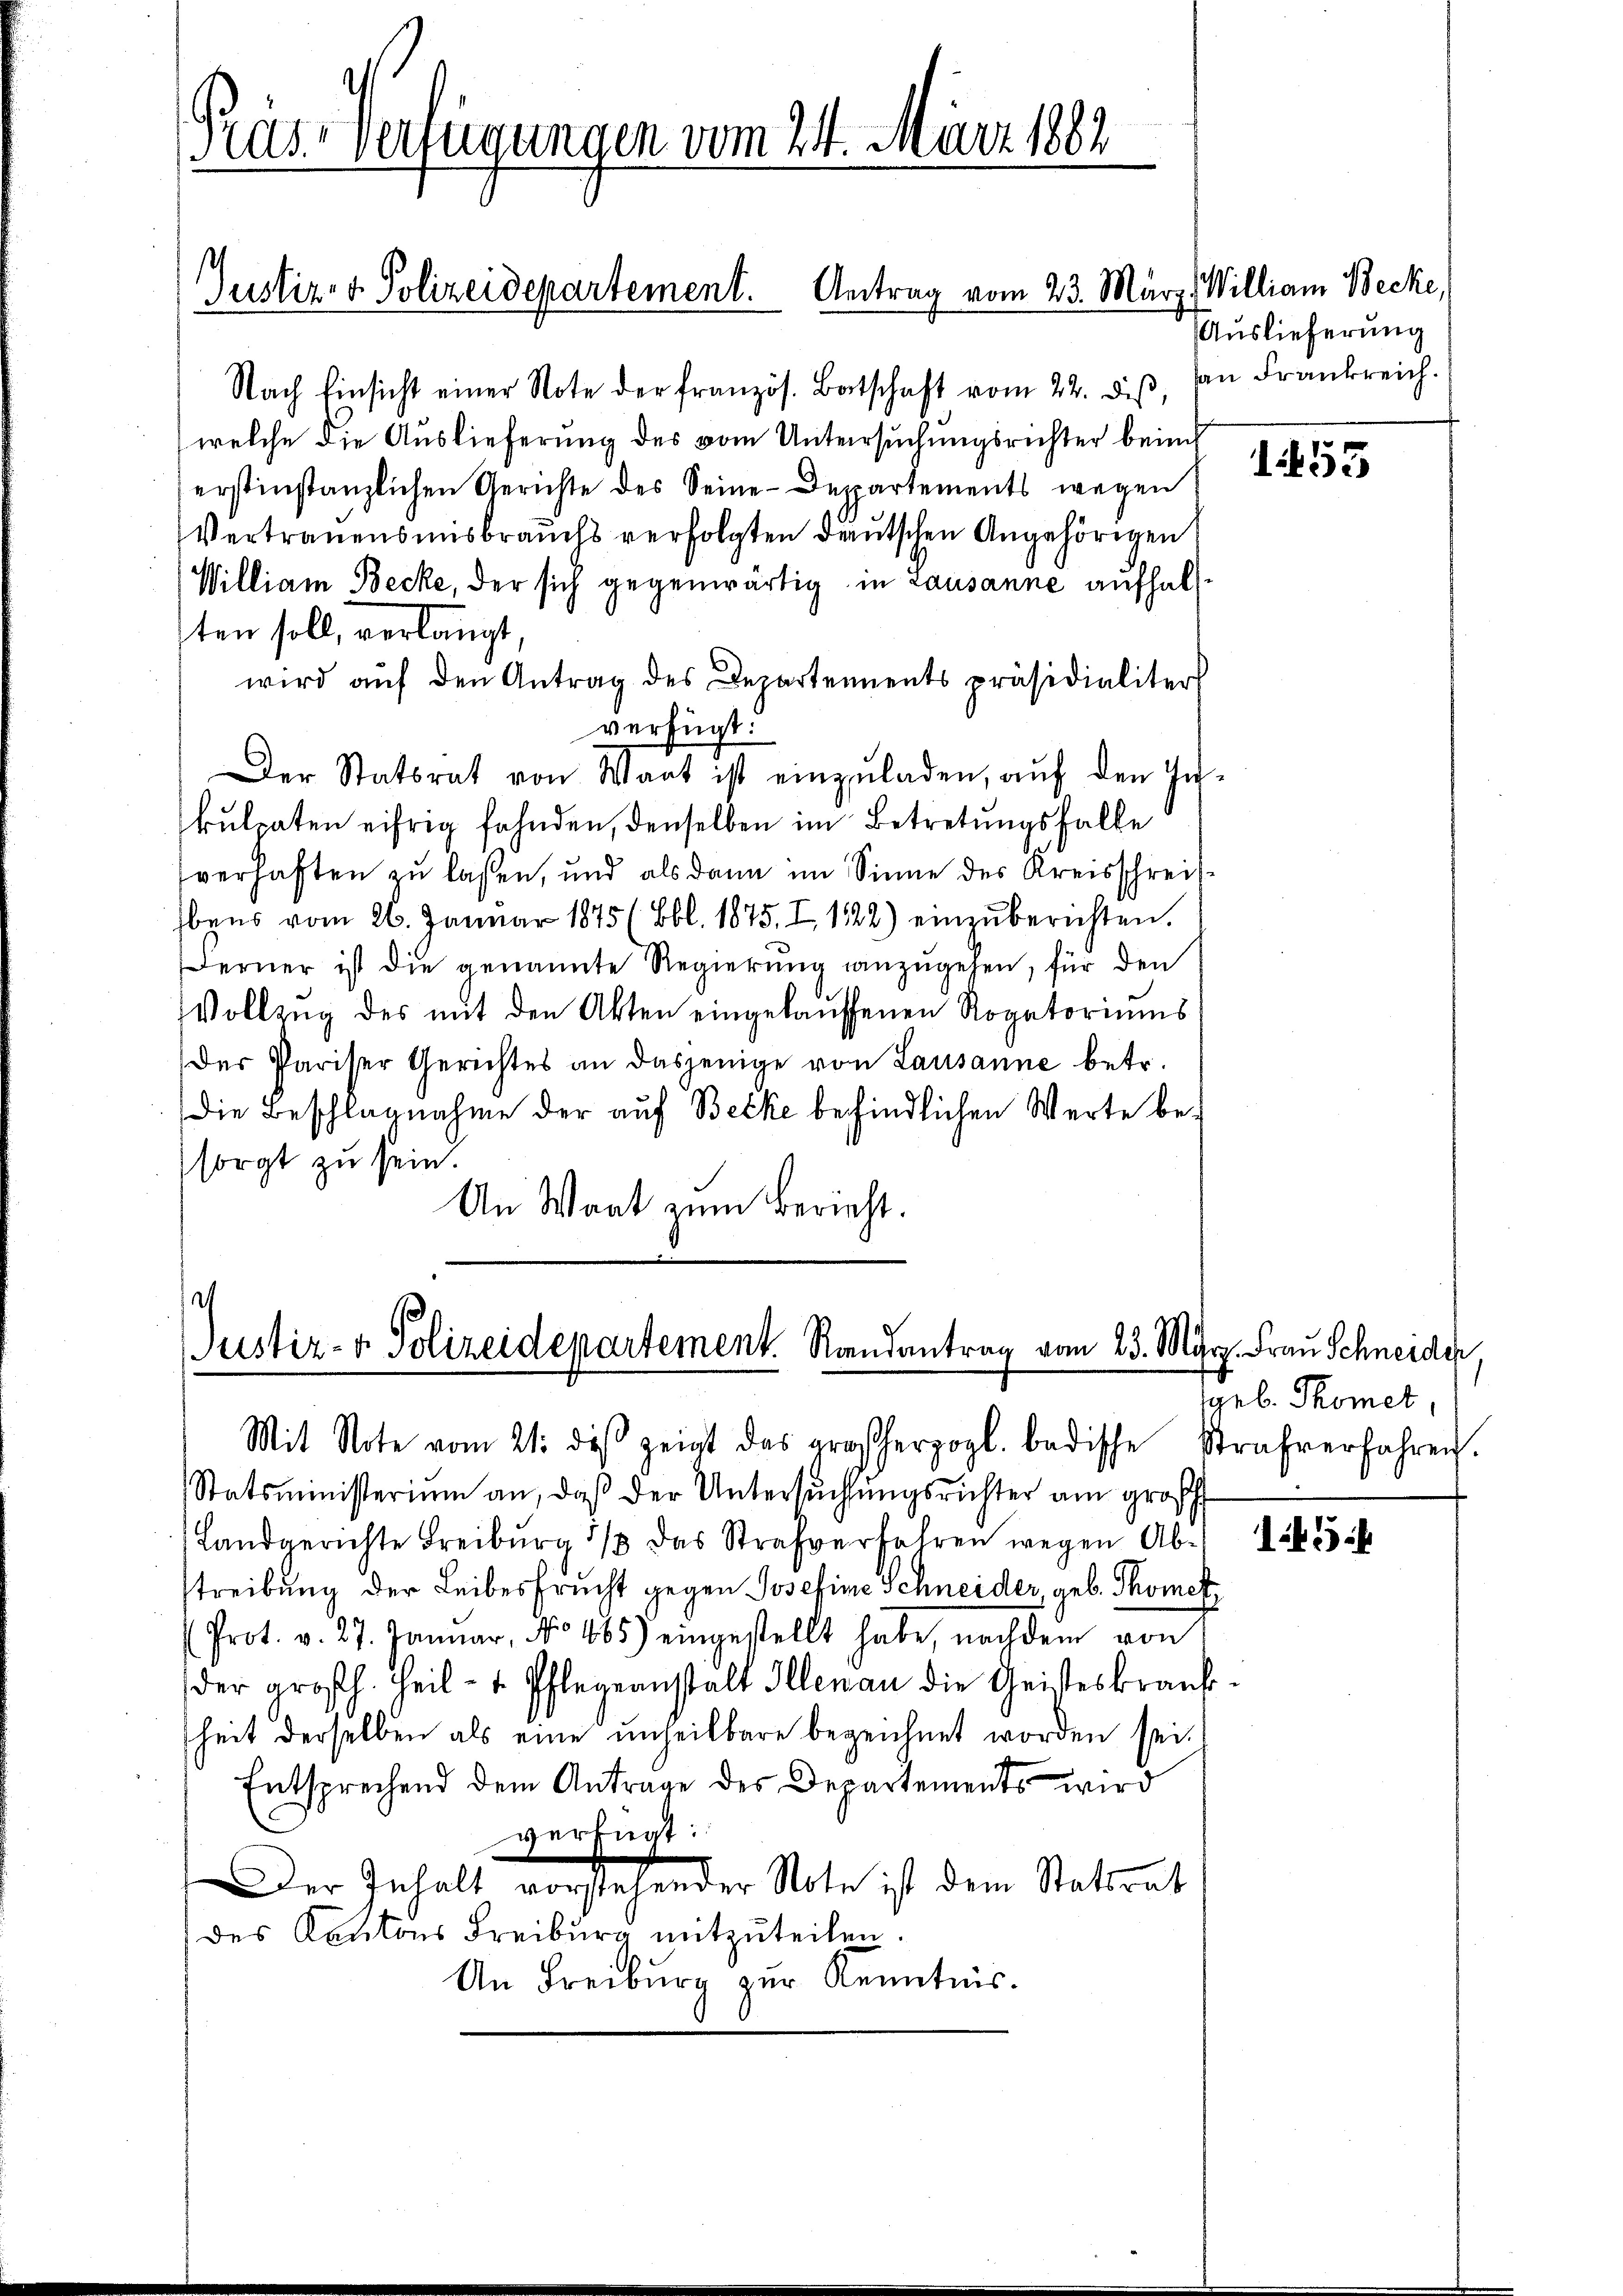
Pras. - Verfügungen vom 24. März 1882

Justiz- & Polizeidepartement. Antrag vom 23. März. Willian Becke,

Nach Einsicht einer Note der französ. Batschaft vom 22. diβ, dan Frankreich.
welche die Auslieferung des vom Untersuchungsrichter beim
erstinstanzlichen Gerichte des Seine Deppartements wegen
Vertrauensmisbrauchs verfolgten deutschen Angehörigen
William Becke, der sich gegenwärtig in Lausanne aufhalten soll, verlangt,
wird aŭf den Antrag des Departementspräsidialiter
verfügt:
Der Statsrat von Wart ist einzuladen, auf den In-
kulpaten eifrig fahnden, denselben im Betretungsfalle
verhaften zu lassen, und als dann im Sinne des Kreisschreifbens vom 26. Januar 1875 (Bbl. 1875. I 122) einzŭberichten.
Ferner ist die genannte Regierung anzŭgehen, für den
Vollzug des mit den Akten eingekauffenen Rogatoriums
(der Pariser Gerichtes an dasjenige von Lausanne betr.
Die Beschlagnahme der auf Becke befindlichen Werte besorgt zu sein.
An Waat zum Bericht.

.
Justiz- & Polizeidepartement. Randantrag vom 23. März. Frau Schneider
Mit Note vom 21. diβ zeigt das großherzogl. badische Strafverfahren.

Auslieferung

Statsministerium an, daβ der Untersŭchtŭngsrichter am groß
Landgerichte Freiburg 1/3 das Strafverfahren wegen Ab-
streibung der Leibesfrucht gegen Josefine Schneider, geb. Thomet
Prot. v. 27. Januar, No 465) eingestellt habe, nachdem von
der großh. Teil- u. Pflegeanstalt Illenau die Geisteskraŭf-
heit derselben als eine unheilbare bezeichnet worden sei.
Entsprechend dem Antrage des Departements wird
verfügt:
Der Inhalt vorstehender Note ist dem Stattent
des Kantons Freiburg mitzuteilen.
An Freiburg zur Kenntnis.

453

geb. Thomet,

15